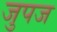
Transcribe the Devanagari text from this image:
जुपज